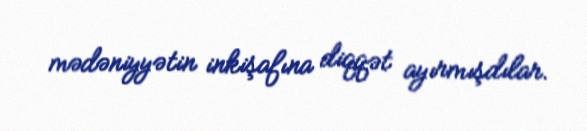
mədəniyyətin inkişafına diqqət ayırmışdılar.